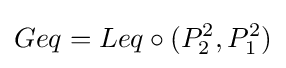
Geq=Leq\circ (P_{2}^{2},P_{1}^{2})